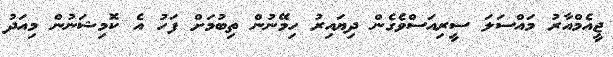
ޖީއެމްއާރު މައްސަލަ ސީރިއަސްވެގެން ދިޔައިރު ހިމޭނުން ތިބުމަށް ފަހު އެ ކޮމިޝަނުން މިއަދު